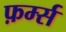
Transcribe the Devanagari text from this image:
फ़र्म्स